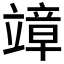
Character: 𥪮